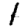
Digit: 1